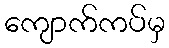
ကျောက်ကပ်မှ